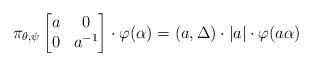
LaTeX: \begin{align*} \pi_{\theta,\psi}\begin{bmatrix} a&0 \\ 0&a^{-1}\end{bmatrix}\cdot \varphi(\alpha) = (a,\Delta)\cdot |a|\cdot \varphi(a \alpha) \end{align*}